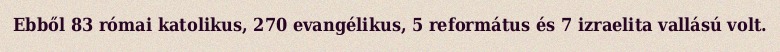
Ebből 83 római katolikus, 270 evangélikus, 5 református és 7 izraelita vallású volt.